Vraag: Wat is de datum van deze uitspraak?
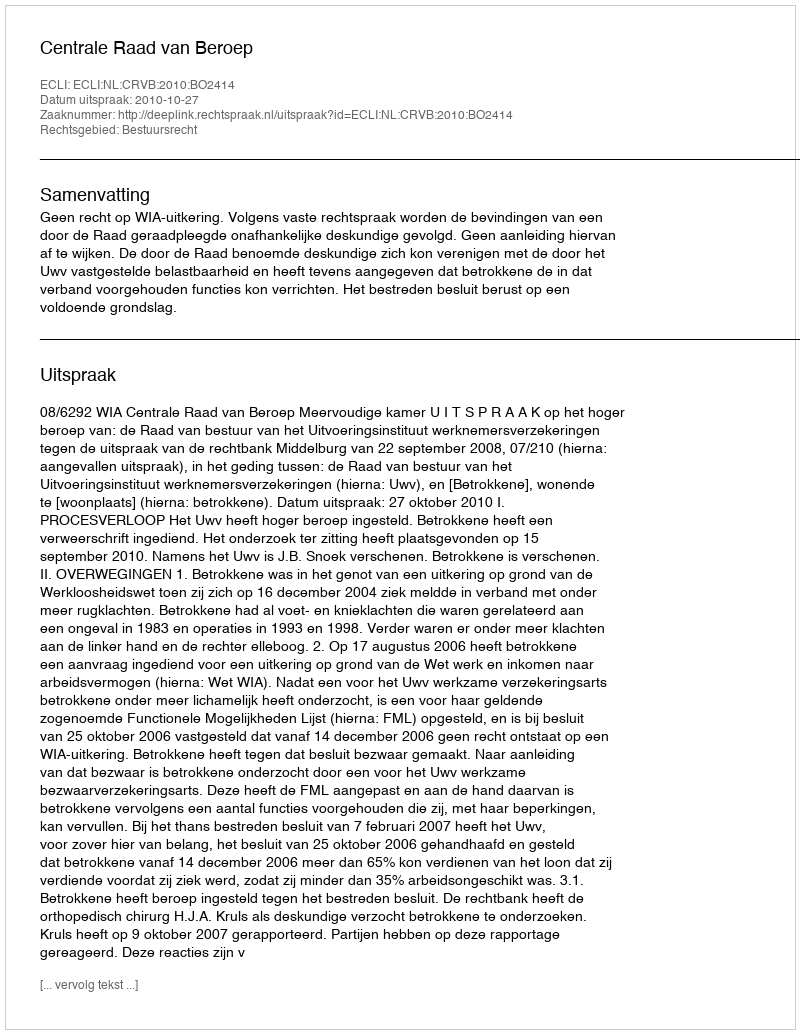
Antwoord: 2010-10-27